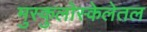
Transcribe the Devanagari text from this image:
मुस्कुलोस्केलेतल